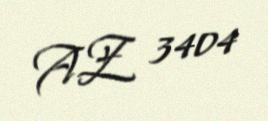
AZ 3404